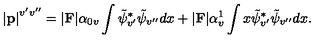
\left| { \bf p } \right| ^ { v ^ { \prime } v ^ { \prime \prime } } = \vert { \bf F } \vert \alpha _ { 0 v } \int \tilde { \psi } _ { v ^ { \prime } } ^ { \ast } \tilde { \psi } _ { v ^ { \prime \prime } } d x + \vert { \bf F } \vert \alpha _ { v } ^ { 1 } \int x \tilde { \psi } _ { v ^ { \prime } } ^ { \ast } \tilde { \psi } _ { v ^ { \prime \prime } } d x .